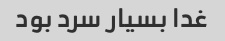
غدا بسیار سرد بود